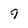
Character: 9